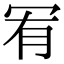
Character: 𠖅